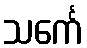
သင်္ကေ